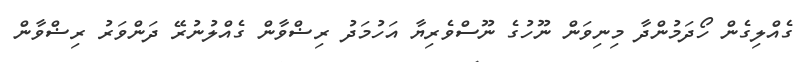
ގެއްލިގެން ހޯދަމުންދާ މިނިވަން ނޫހުގެ ނޫސްވެރިޔާ އަހުމަދު ރިޟްވާން ގެއްލުނުރޭ ދަންވަރު ރިޟްވާން